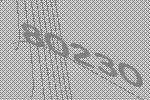
80230